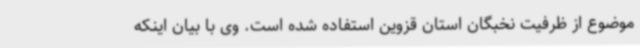
موضوع از ظرفیت نخبگان استان قزوین استفاده‌ شده است. وی با بیان اینکه